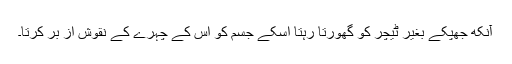
آنکھ جھپکے بغیر ٹیچر کو گھورتا رہتا اسکے جسم کو اس کے چہرے کے نقوش از بر کرتا۔